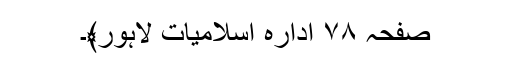
صفحہ ۷۸ ادارہ اسلامیات لاہور﴾۔